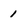
Character: 1